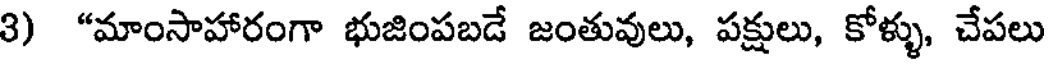
3) "మాంసాహారంగా భుజింపబడే జంతువులు, పక్షులు, కోళ్ళు, చేపలు